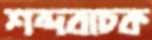
শব্দবাচক